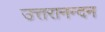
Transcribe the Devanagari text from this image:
उत्तरानन्दन